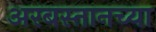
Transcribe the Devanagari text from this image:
अरबस्तानच्या